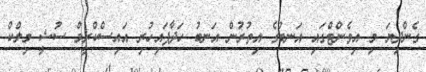
ގެންދިޔަ މި އިވެންޓްގައި އަނބުގެ އިތުރުން އަނބު ހަދާފައިހުރި އައިސްކްރީމް ސުޝީ މިލްކް